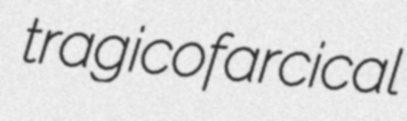
tragicofarcical